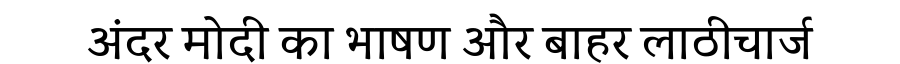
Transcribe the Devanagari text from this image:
अंदर मोदी का भाषण और बाहर लाठीचार्ज